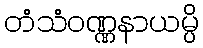
တံသံဝဏ္ဏနာယမ္ပိ